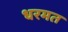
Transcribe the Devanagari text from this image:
धरमत